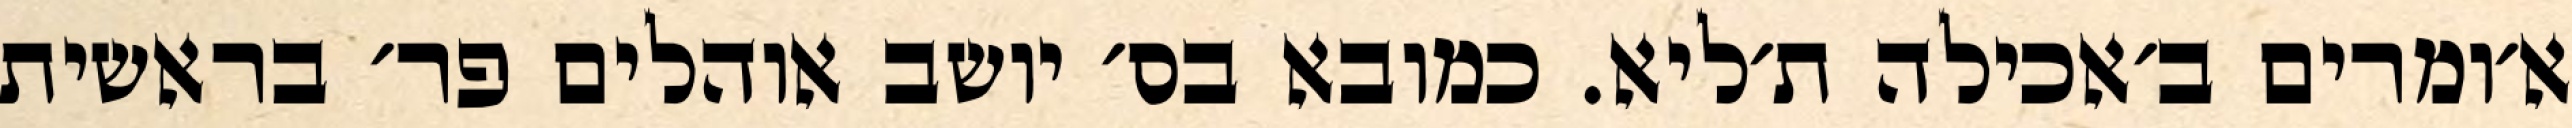
א׳ומרים ב׳אכילה ת׳ליא. כמובא בס׳ יושב אוהלים פר׳ בראשית